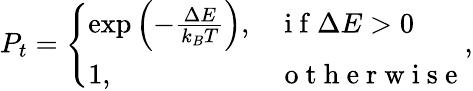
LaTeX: \begin{array}{r}{P_{t}=\left\{ \begin{array}{ll}{\exp\left(-\frac{\Delta E}{k_{B}T}\right),}&{\mathrm{~i~f~}\Delta E>0}\\ {1,}&{\mathrm{~o~t~h~e~r~w~i~s~e~}}\end{array}\right.,}\end{array}